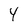
Character: 4